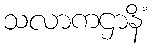
သလာကဌာနိံ